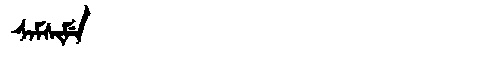
Manchu: ᠰᠠᠮᠰᡳᠮᡝ
Romanization: SAMSIME